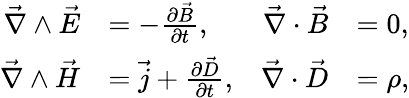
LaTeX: \begin{array}{rlrl}{\vec{\nabla}\wedge\vec{E}}&{=-\frac{\partial\vec{B}}{\partial t},}&{\vec{\nabla}\cdot\vec{B}}&{=0,}\\ {\vec{\nabla}\wedge\vec{H}}&{=\vec{j}+\frac{\partial\vec{D}}{\partial t},}&{\vec{\nabla}\cdot\vec{D}}&{=\rho,}\end{array}